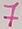
Text: 7